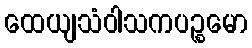
ထေယျသံဝါသကပဉ္စမော